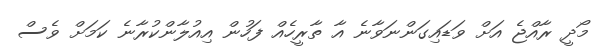
މޯދީ ރާއްޖެ އަށް ވަޑައިގަންނަވާނެ އާ ތާރީހެއް ފަހުން އިއުލާންކުރާނެ ކަމަށް ވެސް